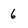
Character: 6